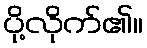
ပို့လိုက်၏။